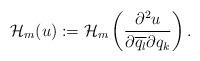
LaTeX: \begin{align*} \mathcal{H}_m(u):=\mathcal{H}_m\left( \frac{\partial^2 u}{\partial \overline{q_l}\partial {q_k}} \right). \end{align*}